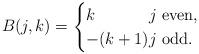
LaTeX: \begin{align*}B(j,k) =\begin{cases}k\phantom{-({}+1){}} j \textrm{ even}, \\-(k+1) j \textrm{ odd}.\end{cases}\end{align*}